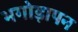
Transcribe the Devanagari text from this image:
भगोड़ापन